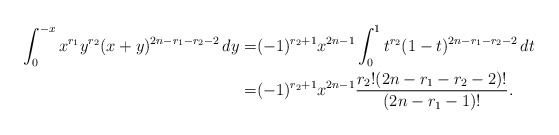
\begin{align*}\int_0^{-x} x^{r_1}y^{r_2}(x+y)^{2n-r_1-r_2-2}\, dy=&(-1)^{r_2+1} x^{2n-1}\int_0^{1} t^{r_2} (1-t)^{2n-r_1-r_2-2}\,dt \\=& (-1)^{r_2+1} x^{2n-1}\frac{r_2!(2n-r_1-r_2-2)!}{(2n-r_1-1)!}.\end{align*}